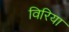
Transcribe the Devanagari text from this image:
विरिया